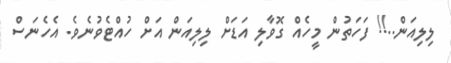
ލިލިއަން..!! ފަހަތުން މީހެއް ގޮވާލި އަޑަށް ލިލިއަން އަށް ހުއްޓެވުނެވެ. އެހެނަސް